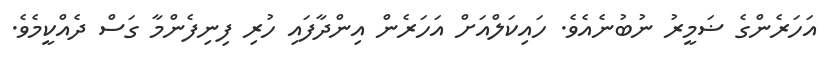
އަހަރެންގެ ޟަމީރު ނުބުނެއެވެ. ހައިކަލްއަށް އަހަރެން އިންދާފައި ހުރި ފިނިފެންމާ ގަސް ދެއްކީމެވެ.